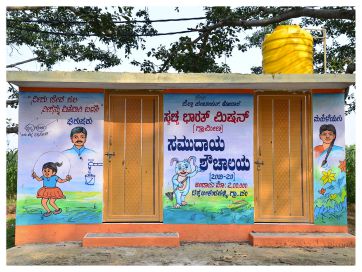
Language: kannada
Transcription: ಸಮುದಾಯ